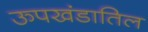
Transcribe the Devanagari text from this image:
ऊपखंडातिल